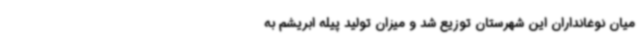
میان نوغانداران این شهرستان توزیع شد و میزان تولید پیله ابریشم به